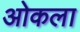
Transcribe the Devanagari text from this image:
ओकला